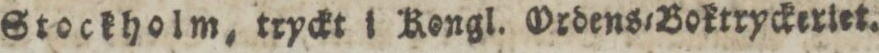
Stockholm, tryckt i Kongl. Ordens=Boktryckeriet.